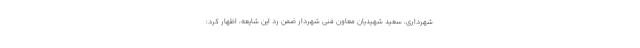
شهرداری، سعید شهیدیان معاون فنی شهردار ضمن رد این شایعه، اظهار کرد: